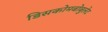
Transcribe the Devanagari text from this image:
डिसकोमबोबुलेट